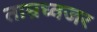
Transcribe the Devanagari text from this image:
ताम्रध्वजर